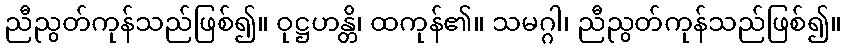
ညီညွတ်ကုန်သည်ဖြစ်၍။ ဝုဋ္ဌဟန္တိ၊ ထကုန်၏။ သမဂ္ဂါ၊ ညီညွတ်ကုန်သည်ဖြစ်၍။